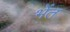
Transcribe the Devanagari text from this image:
भेंत